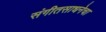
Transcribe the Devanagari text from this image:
संगीतसाधनेचा